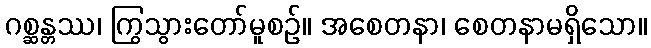
ဂစ္ဆန္တဿ၊ ကြွသွားတော်မူစဉ်။ အစေတနာ၊ စေတနာမရှိသော။